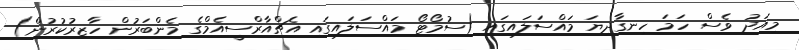
މިއަދު ވެސް ހަމަ ހިނގާދިޔަ މައްސަލައިގައި (ސުމޯޓޯ މައްސަލައިގައި އެޗްއާރްސީއެމްގެ މެންބަރުން ހާޒިރުކުރުން)